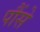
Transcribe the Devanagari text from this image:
पौंसे